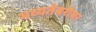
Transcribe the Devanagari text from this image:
भव्यतेबरोबर